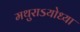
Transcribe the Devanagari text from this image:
मथुराऽयोध्या